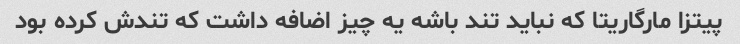
پیتزا مارگاریتا که نباید تند باشه یه چیز اضافه داشت که تندش کرده بود